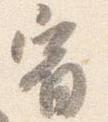
宿